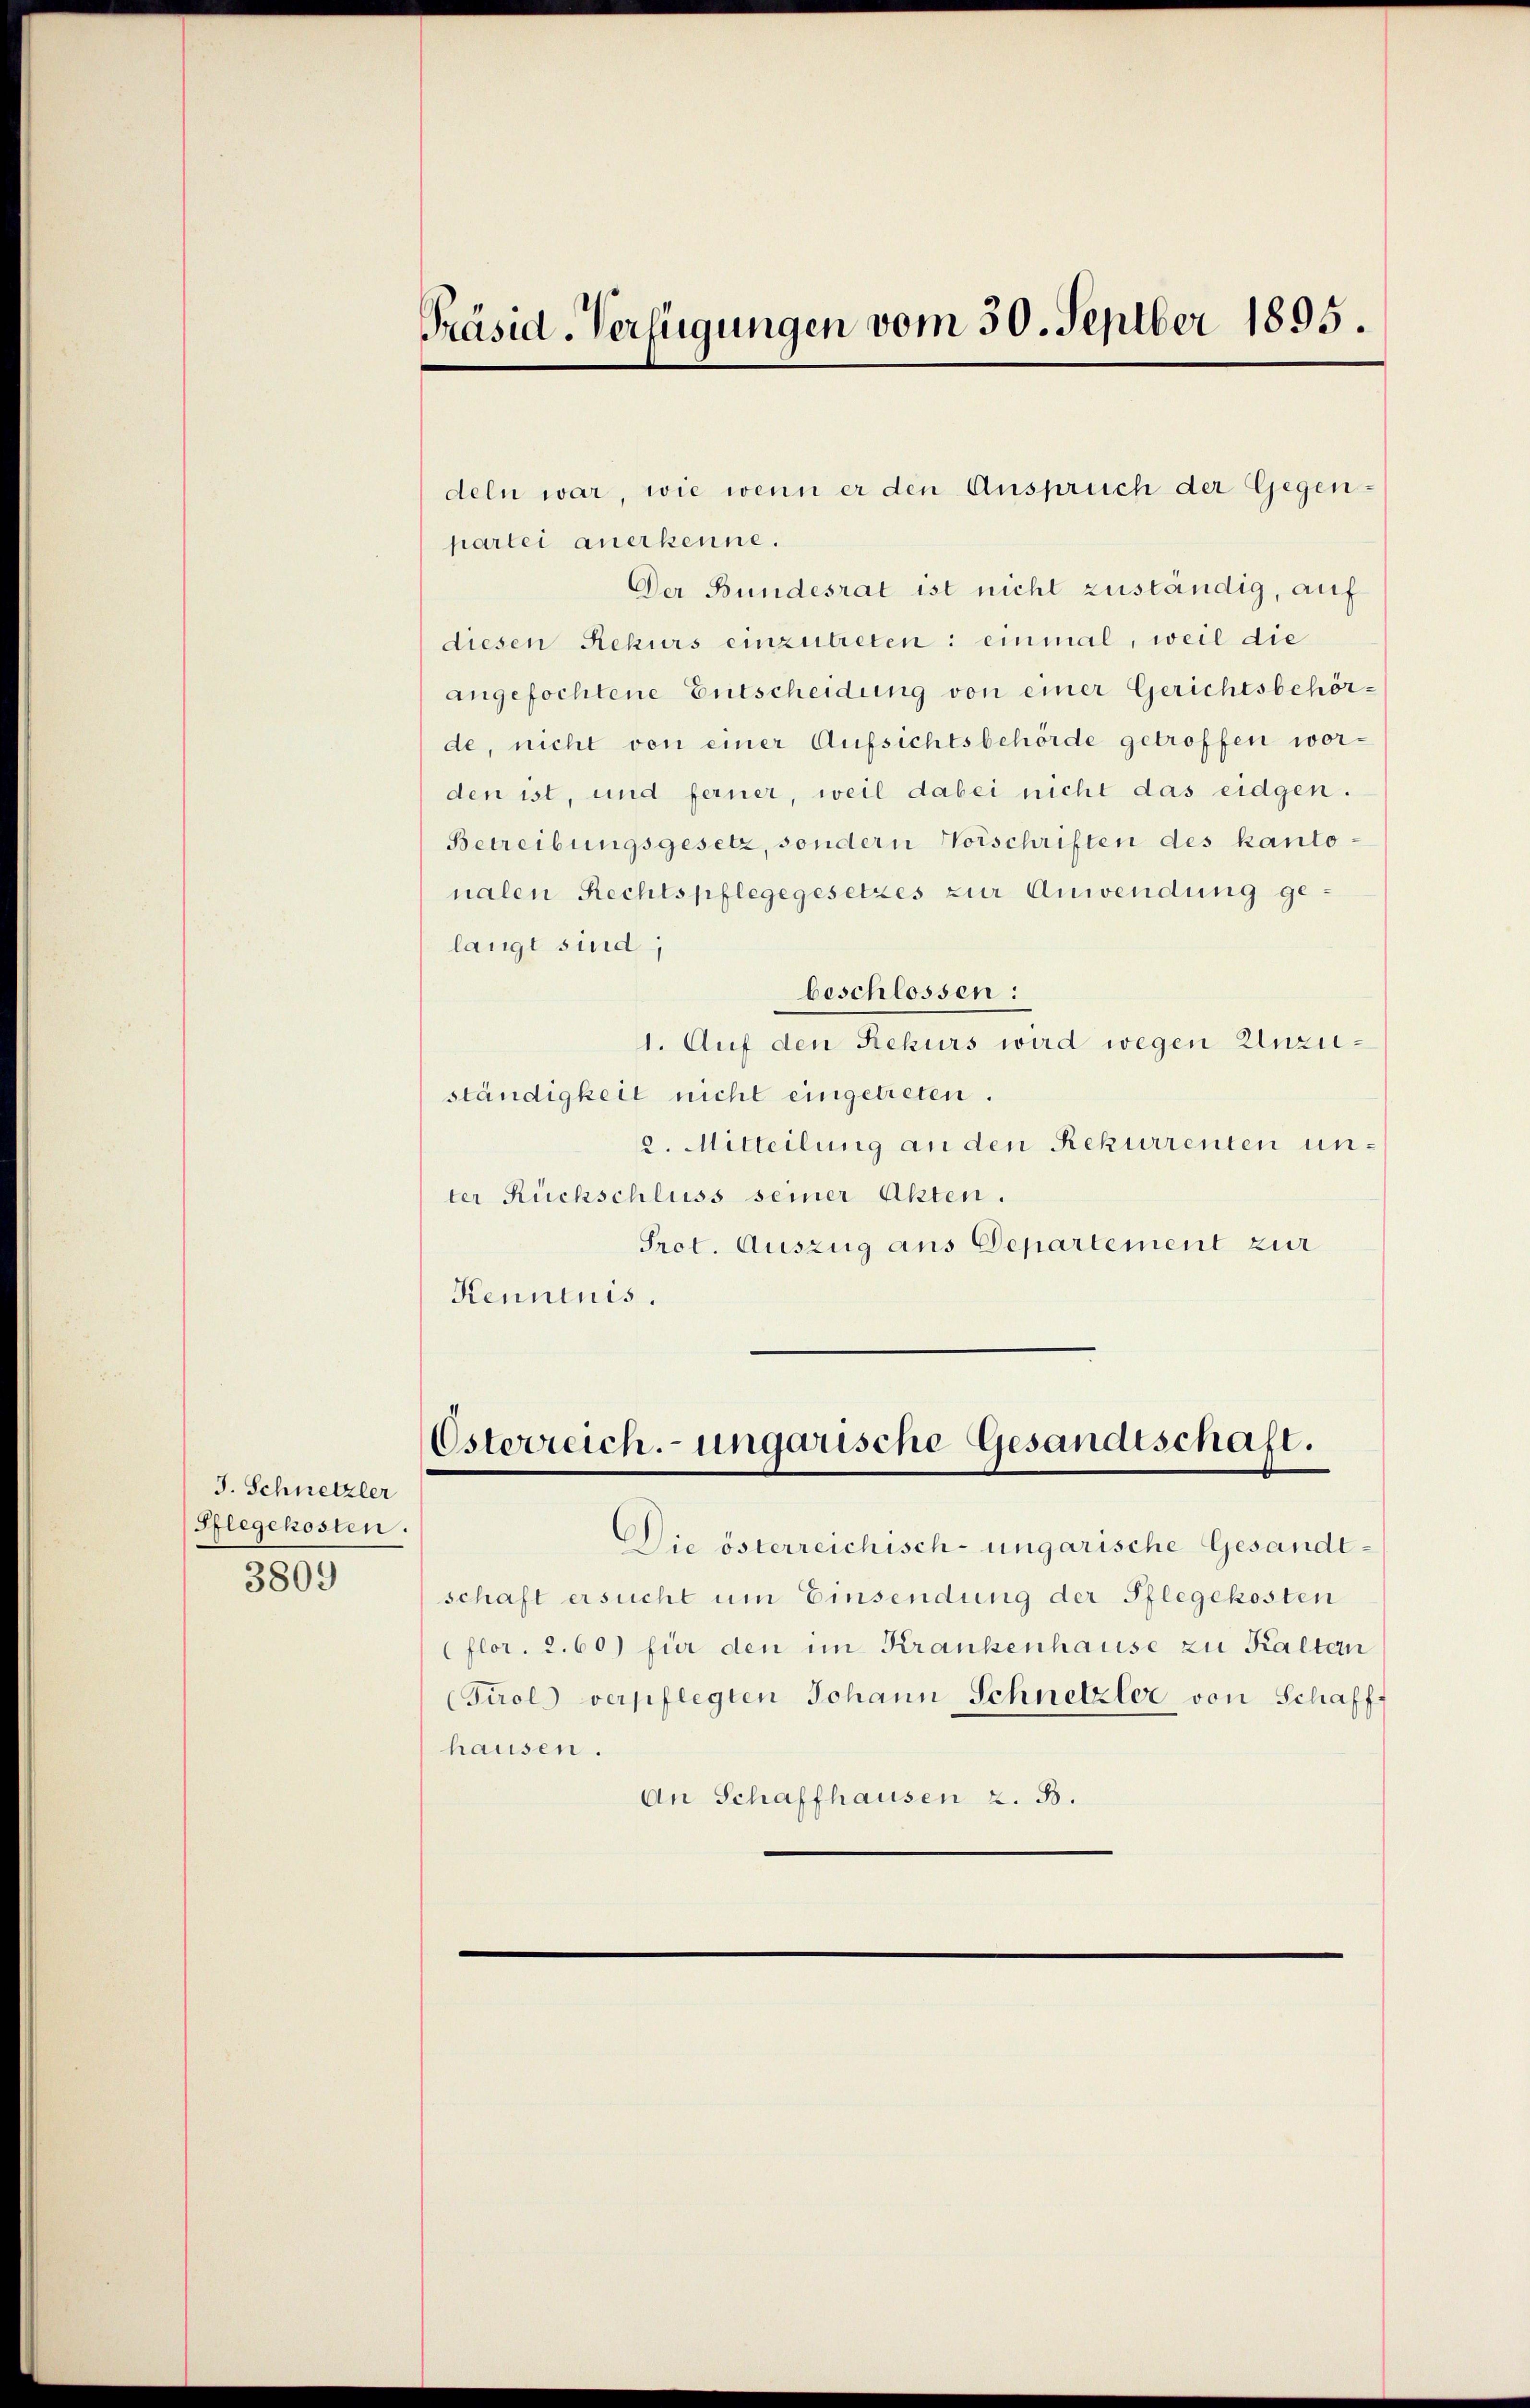
J. Schnetzler
Pflegekosten.
3809

Präsid-Verfügungen vom 30. Septber 1895

deln war, wie wenn er den Anspruch der Gegen-
partei anerkenne.
Der Bundesrat ist nicht zuständig, auf
diesen Rekurs einzutreten: einmal, weil die
angefochtene Entscheidung von einer Gerichtsbehörde, nicht von einer Aufsichtsbehörde getroffen worden ist, und ferner, weil dabei nicht das eidgen.
Betreibungsgesetz, sondern Vorschriften des kantonalen Rechtspflegegesetzes zur Anwendung gelangt sind;
beschlossen:
1. Auf den Rekurs wird wegen Unzuständigkeit nicht eingetreten.
2. Mitteilung an den Rekurrenten unter Rückschluss seiner Akten.
Prot. Auszug ans Departement zur
Kenntnis.

Die österreichisch-ungarische Gesandeschaft ersucht um Einsendung der Pflegekosten
(flor. 2. 60) für den im Krankenhause zu Kalten
(Tirol verpflegten Johann Schnetzler von Schaff-
hausen.
An Schaffhausen z. B.

Osterreich. ungarische Gesandtschaft.